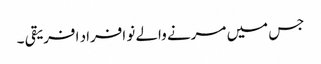
جس میں مرنے والے نو افراد افریقی ۔